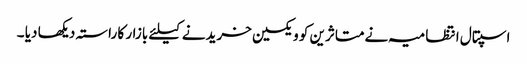
اسپتال انتظامیہ نےمتاثرین کو ویکسین خریدنے کیلئے بازار کا راستہ دیکھا دیا ۔